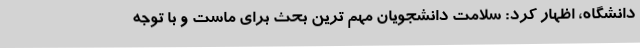
دانشگاه، اظهار کرد: سلامت دانشجویان مهم ترین بحث برای ماست و با توجه